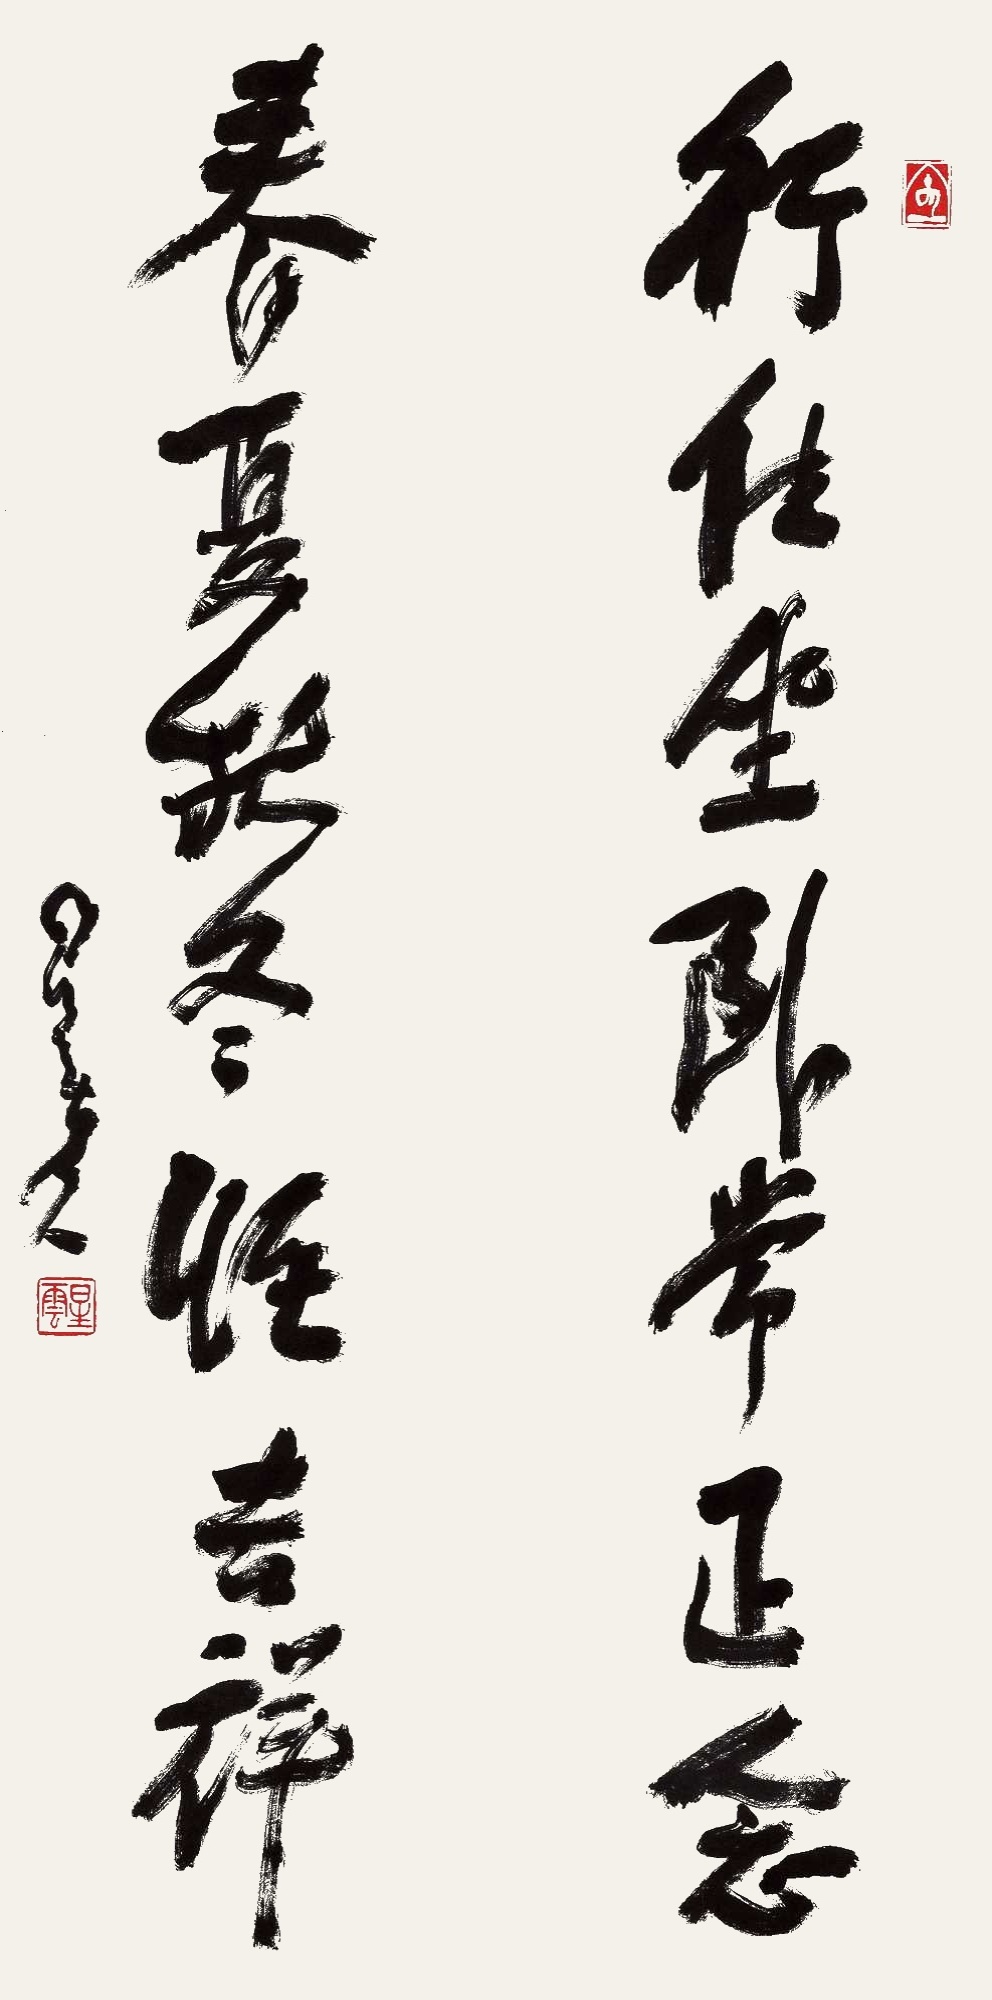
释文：行住坐卧常正念，春夏秋冬恒吉祥。星云。